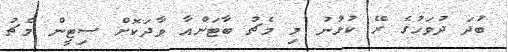
ބުދަ ދުވަހުގެ ރޭ ކުޅުނު މި މެޗު ބާޓަންއާ ވާދަކޮށް ސިޓީން މެޗު